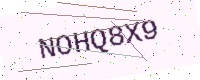
Text: NOHQ8X9